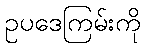
ဥပဒေကြမ်းကို